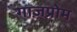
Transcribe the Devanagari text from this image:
गाज़प्रोम